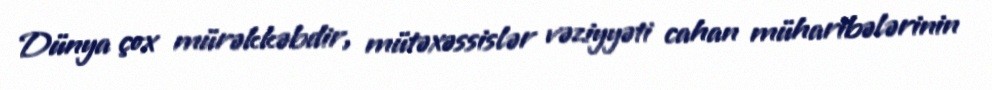
Dünya çox mürəkkəbdir, mütəxəssislər vəziyyəti cahan müharibələrinin